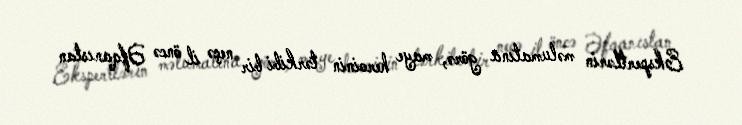
Ekspertlərin məlumatına görə, maye heroinin tərkibi bir neçə il öncə Əfqanıstan